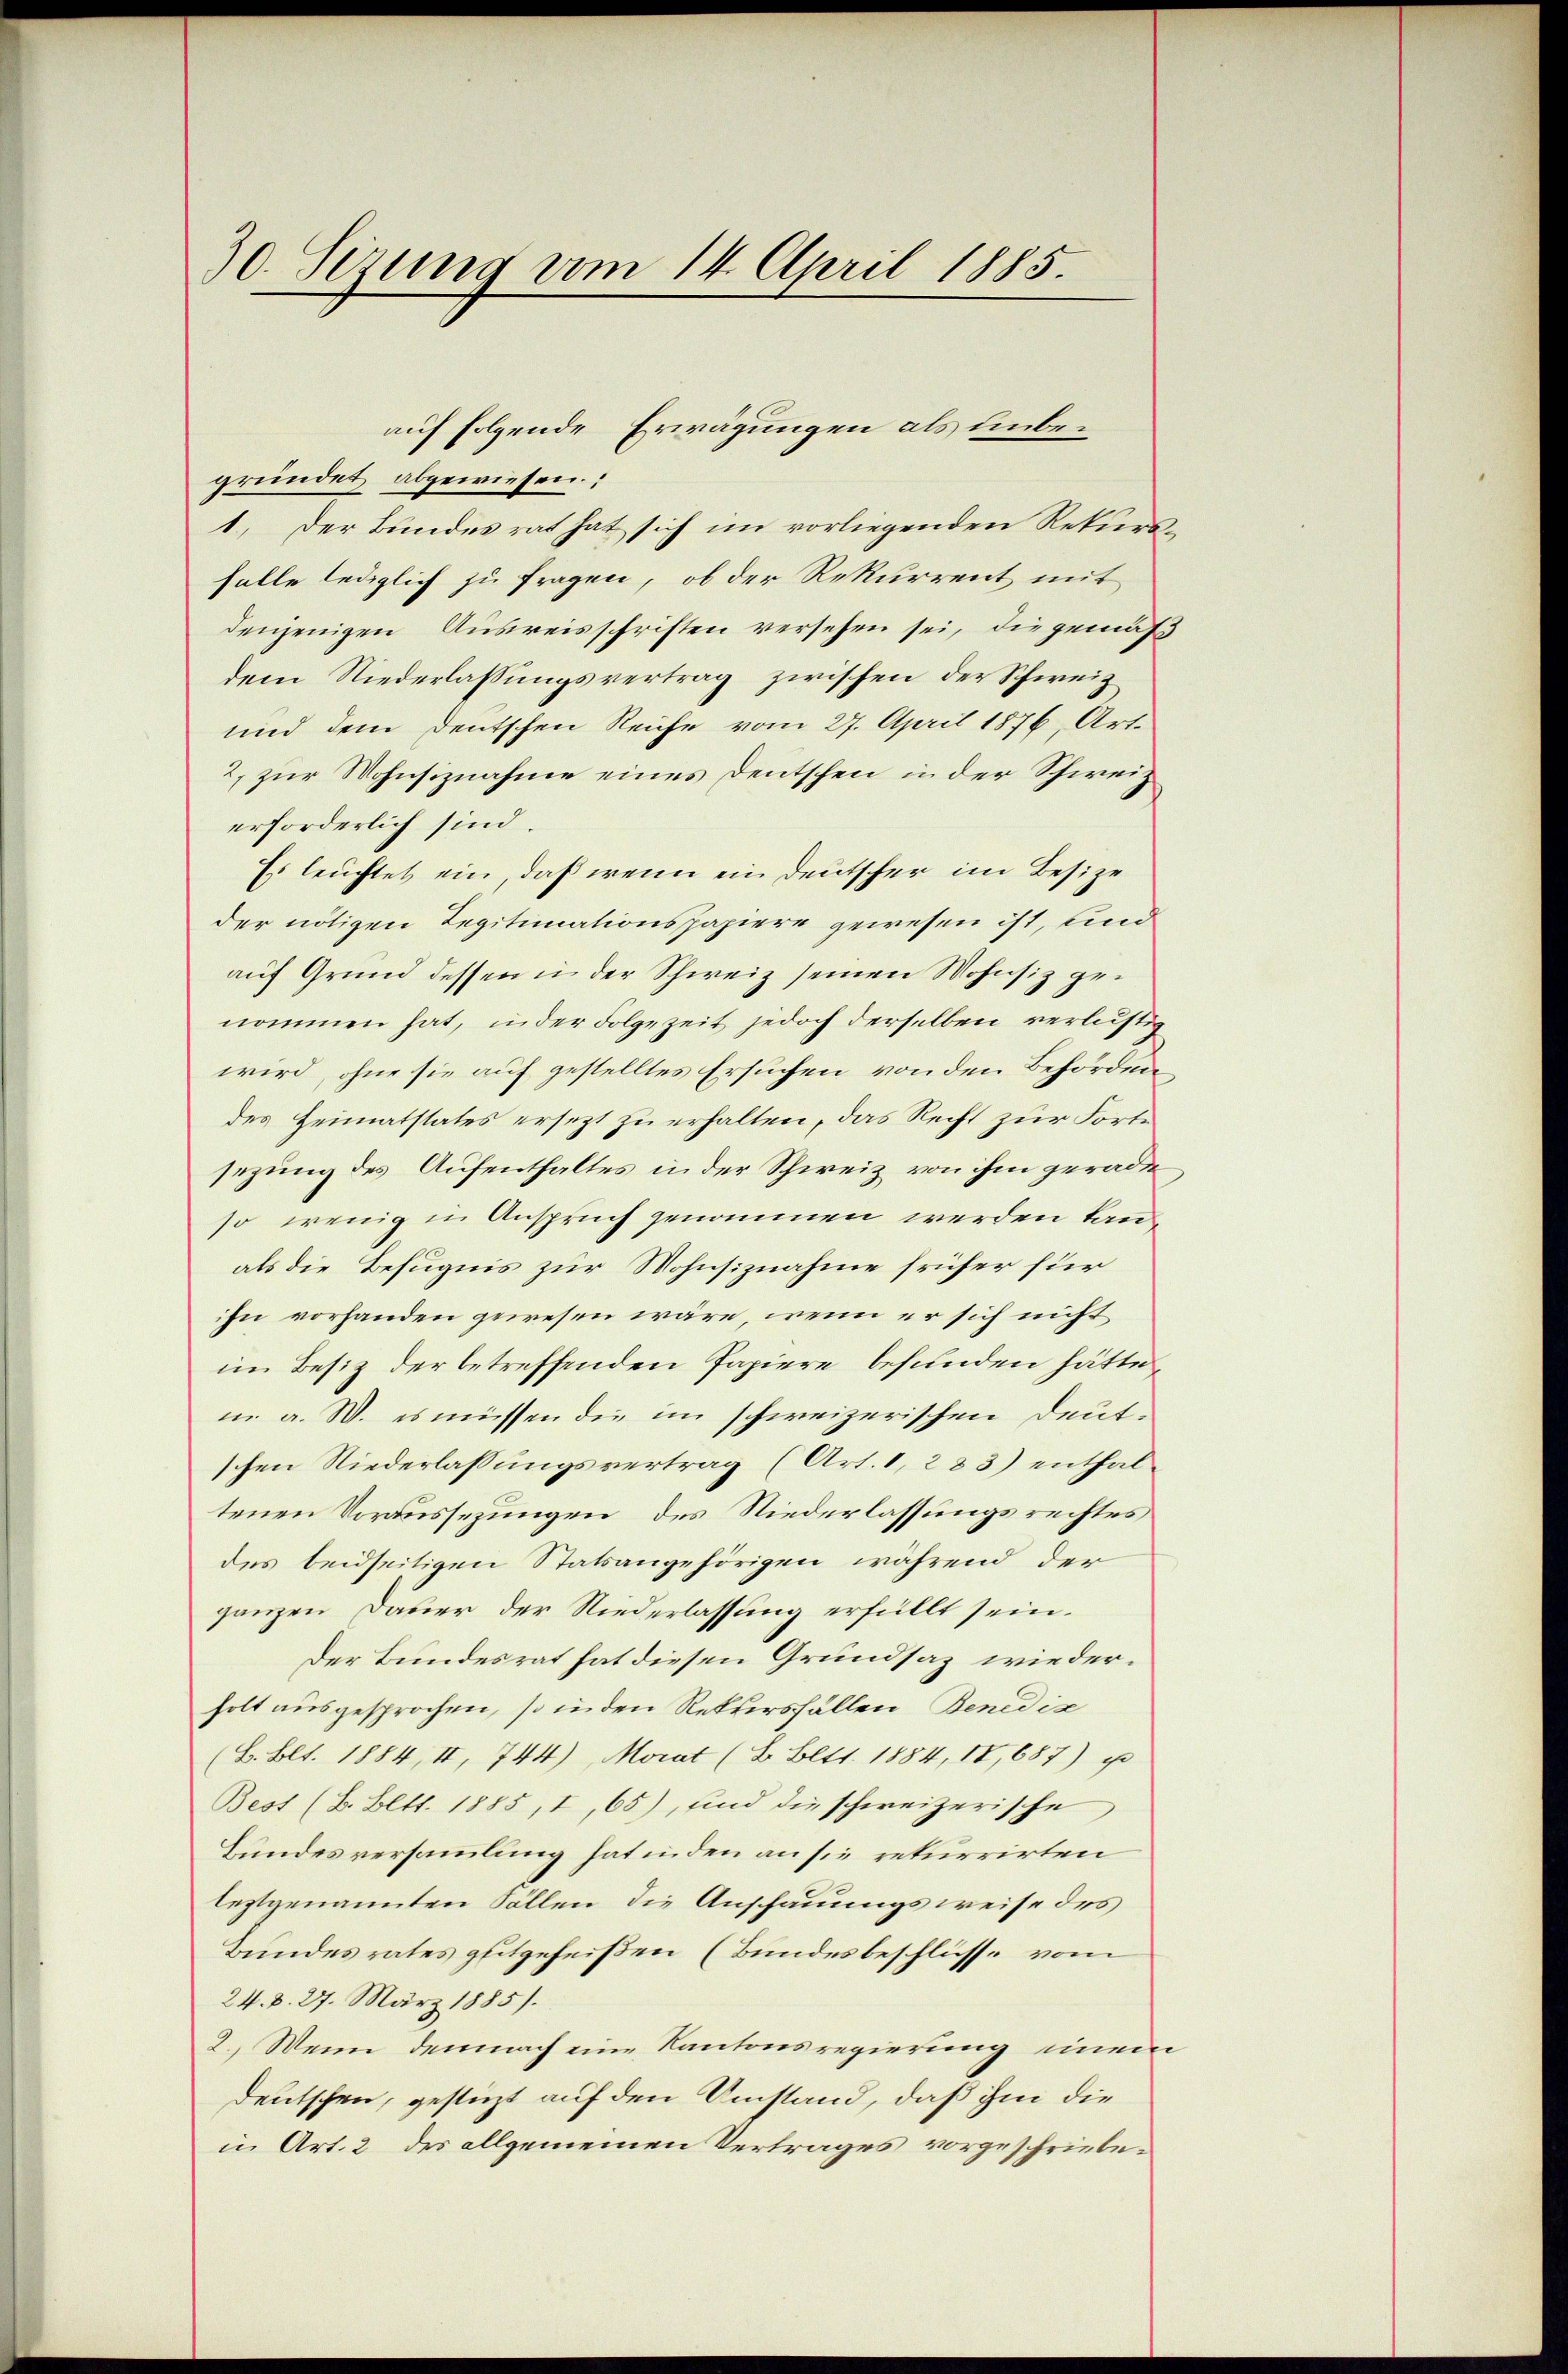
30. Sezung vom 14. April 1885.

gründet abgewiesen.
1. Der Bundesrat hat sich im vorliegenden Rekursfalle lediglich zu fragen, ob der Rekurrent mit
denjenigen Ausreisschriften versehen sei, die gemäss
dem Niederlassungsvertrag zwischen der Schweiz
und dem Deutschen Reiche vom 27. April 1876, Art.
2. zur Wohnsiznahme eines Deutschen in der Schweiz
erforderlich sind.
Es leuchtet ein, daß wenn ein Deutscher im Besize
der nötigen Legitimationspapiere gewesen ist, und
auf Grund dessen in der Schweiz seinen Wohnsiz genommen hat, inder Folgezeit jedoch derselben verlustig
wird, ohne sie auf gestelltes Ersuchen von den Behörden
des Heimatstates ersezt zu erhalten, das Recht zur Forte
sezung des Aufenthaltes in der Schweiz von ihm gerade
so wenig in Anspruch genommen werden kanals die Befugnis zur Wohnsiznahme früher für
ihn vorhanden gewesen wäre, wenn er sich nicht
im Besitz der betreffenden Papiere befunden hätte,
in a. W. es müssen die im schweizerischen Deutschen Niederlassungsvertrag (Art. 1, 283) enthaltenen Voraussezungen des Niederlassungsrechtes
des beidseitigen Statsangehörigen während der
ganzen Dauer der Niederlassung erfüllt sein.
Der Bundesrat hat diesen Grundsaz wiederholt ausgesprochen, so in den Rekursfällen Benediz
(L.Blt. 1884, II, 744), Morat (E. Bett. 1884, IV, 687) p
Best (2. Bett. 1885, I, 65), und die schweizerische
Bundesversammlung hat inden an sie rekurrirten
leztgenannten Sollen die Anschauungsweise des
Bundesrates glitgeheißen (Bundesbeschlüsse vom
24. d. 27. März 1885).
2. Wenn demnach eine Kantonsregierung einem
deutschen, gestüzt auf den Umstand, daß ihm die
in Art. 2 des allgemeinen Vertrages vorgeschriebe¬

auf folgende Erwägungen als unbe¬